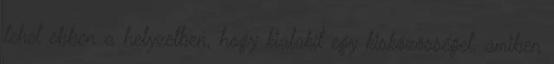
tehet ebben a helyzetben, hogy kialakít egy kisközösséget, amiben